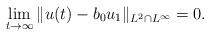
LaTeX: \begin{align*}\lim_{t \to \infty} \| u(t) - b_0 u_1 \|_{L^2 \cap L^{\infty}} = 0.\end{align*}